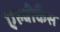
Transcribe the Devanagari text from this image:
एल्बीकैंस